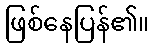
ဖြစ်နေပြန်၏။